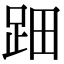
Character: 䟧